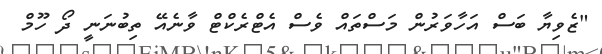
"ޒެވިޔާ ބަސް އަހާވަރުން މަސްތައް ވެސް އެޓްރެކްޓް ވާނެއޭ ތިބުނަނީ ދޯ ހޫމް